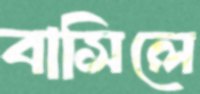
বাসিলে